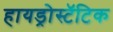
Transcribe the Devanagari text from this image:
हायड्रोस्टॅटिक